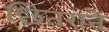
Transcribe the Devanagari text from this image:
छितराने